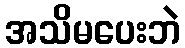
အသိမပေးဘဲ